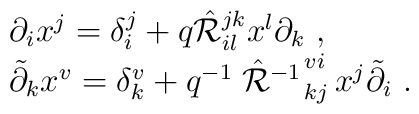
\begin{array}{l}\partial_ix^j=\delta^j_i+q\hat{\cal R}^{jk}_{il}x^l\partial_k~,\\\tilde{\partial}_kx^v=\delta^v_k+q^{-1}\left.\hat{\cal R}^{-1}\right.^{vi}_{kj}x^j\tilde{\partial}_i~.\end{array}